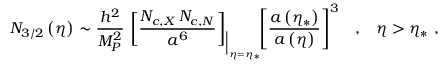
N _ { 3 / 2 } \left( \eta \right) \sim \frac { h ^ { 2 } } { M _ { P } ^ { 2 } } \, \left[ \frac { N _ { c , X } \, N _ { c , N } } { a ^ { 6 } } \right] _ { \Big \vert _ { \eta = \eta _ { * } } } \! \! \left[ \frac { a \left( \eta _ { * } \right) } { a \left( \eta \right) } \right] ^ { 3 } \; \; \; , \; \; \; \eta > \eta _ { * } \, \, ,